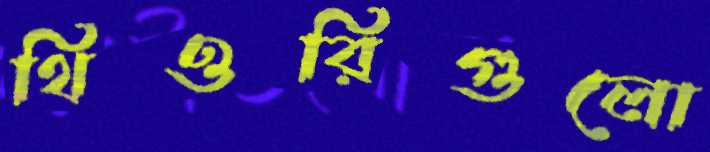
থিওরিগুলো